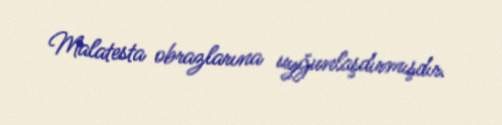
Malatesta obrazlarına uyğunlaşdırmışdır.